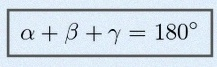
\alpha+\beta+\gamma=180^\circ